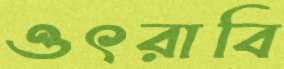
ওৎরাবি